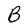
Character: B